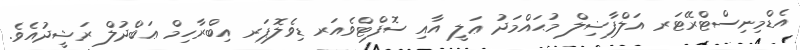
އެޑްމިނިސްޓްރޭޓަރ އަލްފާޟިލް މުޙައްމަދު ޢަލީ އާއި ސޮފްޓްވެއަރ ޑިވެލޮޕަރ އިބްރާހިމް ޢަބްދުލް ރަޝީދުއެވެ.